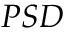
P S D